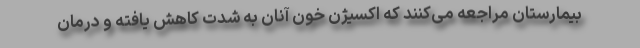
بیمارستان مراجعه می‌کنند که اکسیژن خون آنان به شدت کاهش یافته و درمان